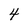
Character: 4